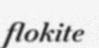
flokite